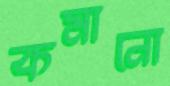
কমানো